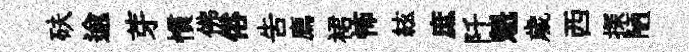
砆逾芽慣佛俗吿廌裙怖絃庶阡魁歲西探陋